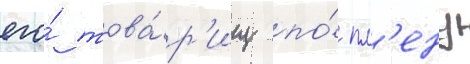
его́ това́р'ищ по́ пл'ену